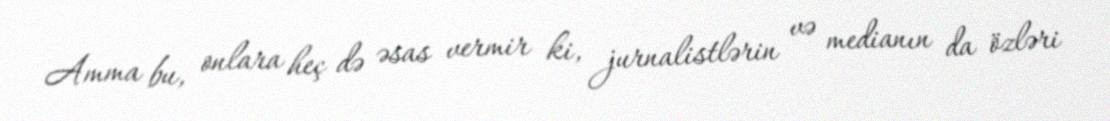
Amma bu, onlara heç də əsas vermir ki, jurnalistlərin və medianın da özləri